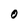
Character: O